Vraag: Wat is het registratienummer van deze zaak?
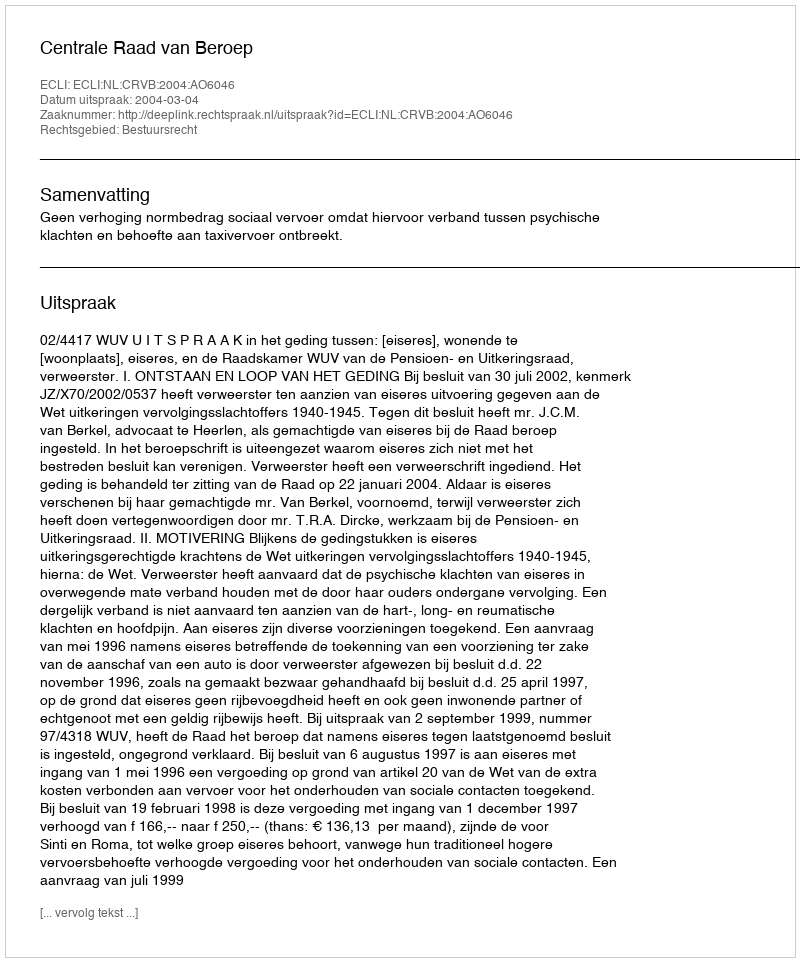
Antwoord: http://deeplink.rechtspraak.nl/uitspraak?id=ECLI:NL:CRVB:2004:AO6046